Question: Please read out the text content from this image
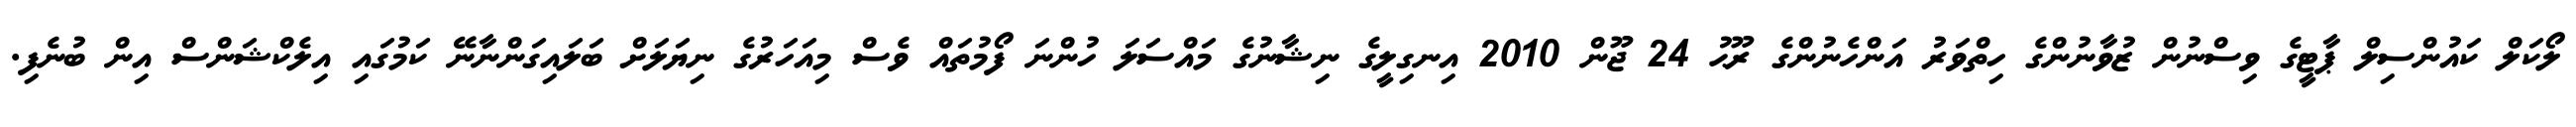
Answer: ލޯކަލް ކައުންސިލް ޕާޓީގެ ވިސްނުން ޒުވާނުންގެ ހިތްވަރު އަންހެނުންގެ ރޫޙު 24 ޖޫން 2010 އިނގިލީގެ ނިޝާނުގެ މައްސަލަ ހުންނަ ފޯމުތައް ވެސް މިއަހަރުގެ ނިޔަލަށް ބަލައިގަންނާނޭ ކަމުގައި އިލެކްޝަންސް އިން ބުނެފި.